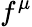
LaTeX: f^{\mu}